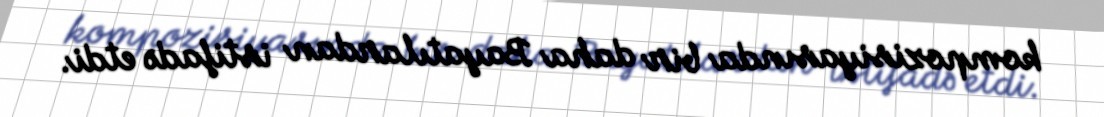
kompozisiyasında bir daha Bayatılardan istifadə etdi.